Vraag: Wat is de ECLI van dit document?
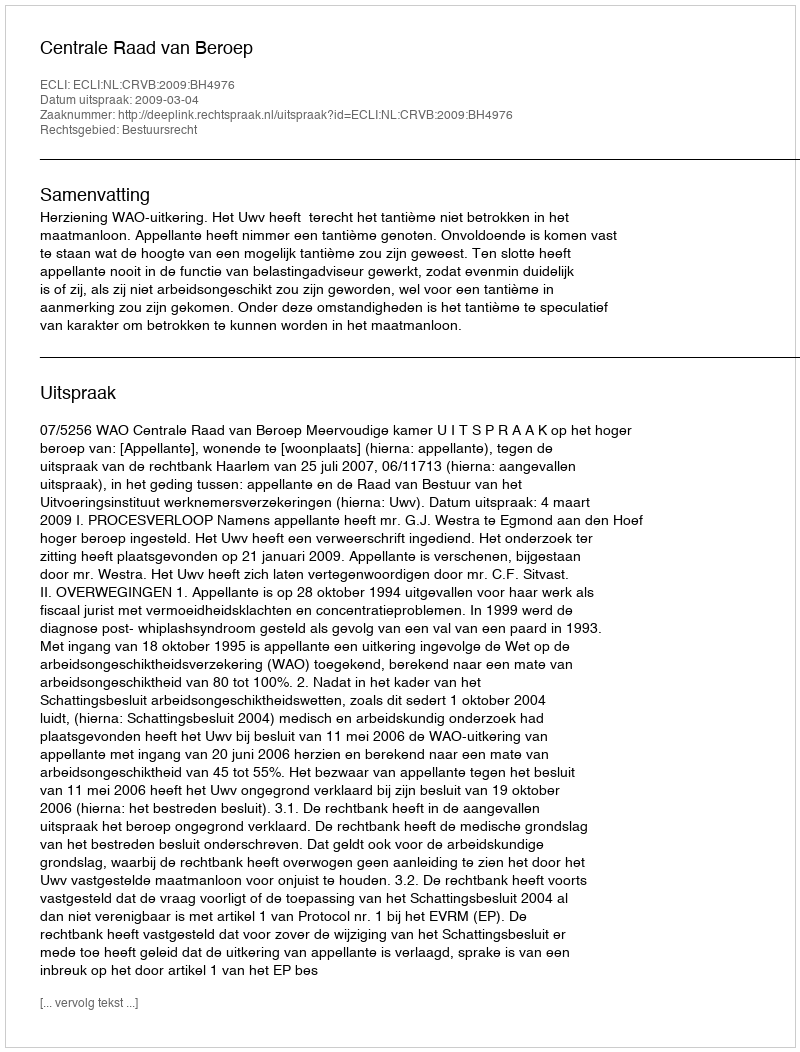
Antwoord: ECLI:NL:CRVB:2009:BH4976